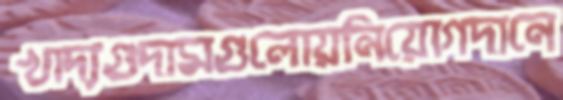
খাদ্যগুদামগুলোয়নিয়োগদানে